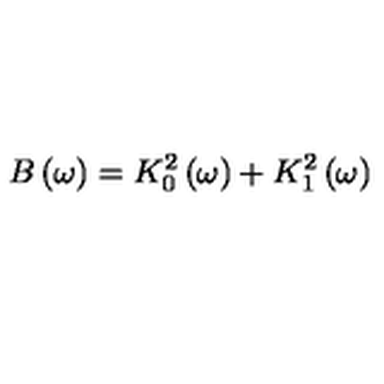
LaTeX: B \left( \omega \right) = K _ { 0 } ^ { 2 } \left( \omega \right) + K _ { 1 } ^ { 2 } \left( \omega \right)